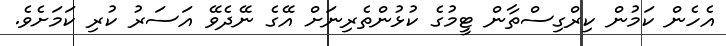
އެހެން ކަމުން ކިރްގިސްތާން ޓީމުގެ ކުޅުންތެރިނަށް އޭގެ ނޭދެވޭ އަސަރު ކުރި ކަމަށެވެ.